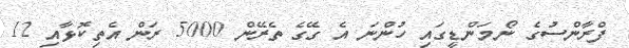
ފްރާންސުގެ ނޯމަންޑީގައި ހުންނަ އެ ގޭގެ ތެރޭން 5000 ރަން އެތިކޮޅާއި 12